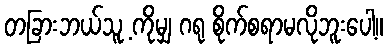
တခြားဘယ်သူ့ ကိုမျှ ဂရု စိုက်စရာမလိုဘူးပေါ့။